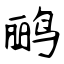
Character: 鹂